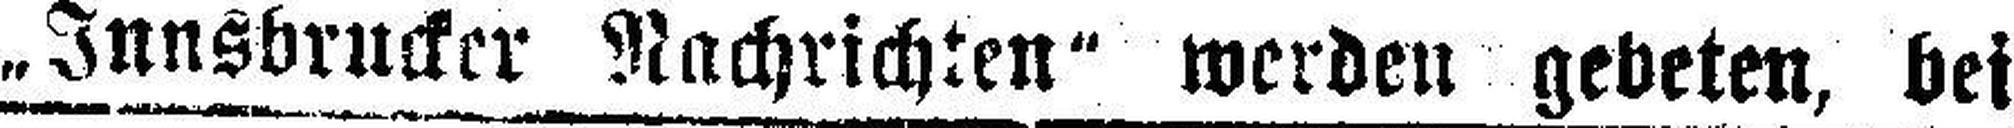
„Innsbrucker Nachrichten“ werden gebeten, bei